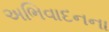
અભિવાદનના